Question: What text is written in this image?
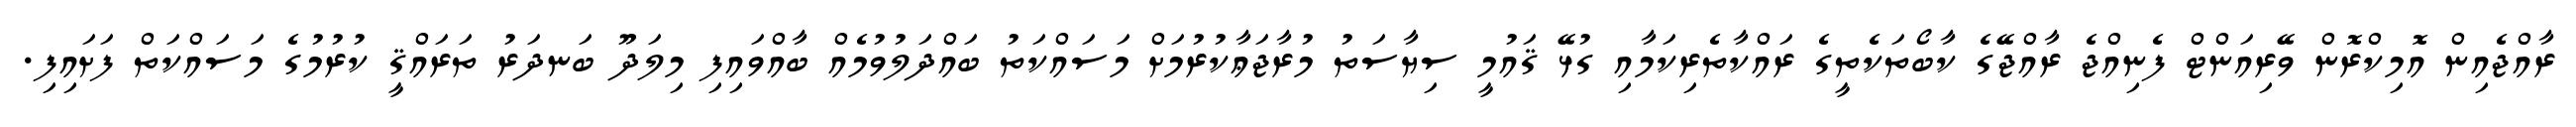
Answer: ރާއްޖެއިން އޮމިކްރޮން ވޭރިއަންޓް ފެނިއްޖެ ރާއްޖޭގެ ކާބޯތަކެތީގެ ރައްކާތެރިކަމާއި ގުޅޭ ޤައުމީ ސިޔާސަތު މުރާޖަޢާކުރުމަށް މަސައްކަތު ބައްދަލުވުމެއް ބާއްވައިފި މިލަދޫ ބަނދަރު ތަރައްޤީ ކުރުމުގެ މަސައްކަތް ފަށައިފި.